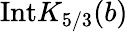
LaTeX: \mathrm{Int}K_{5/3}(b)